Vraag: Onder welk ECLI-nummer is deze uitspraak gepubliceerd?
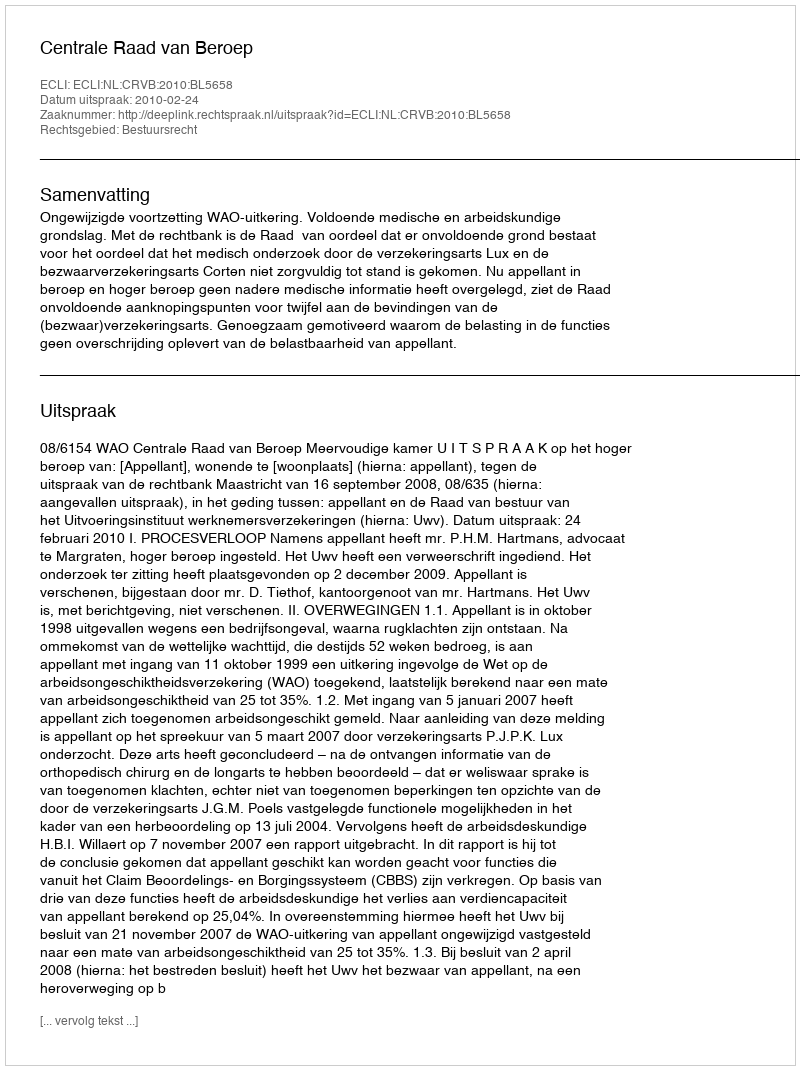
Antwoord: ECLI:NL:CRVB:2010:BL5658